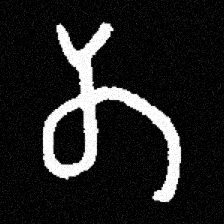
Pyu character \u2014 Myanmar letter: တ (romanized: ta)